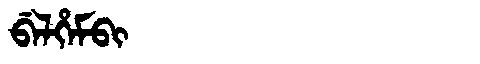
Manchu: ᠪᡝᠯᡥᡝᠮᠪᡳ
Romanization: BELHEMBI